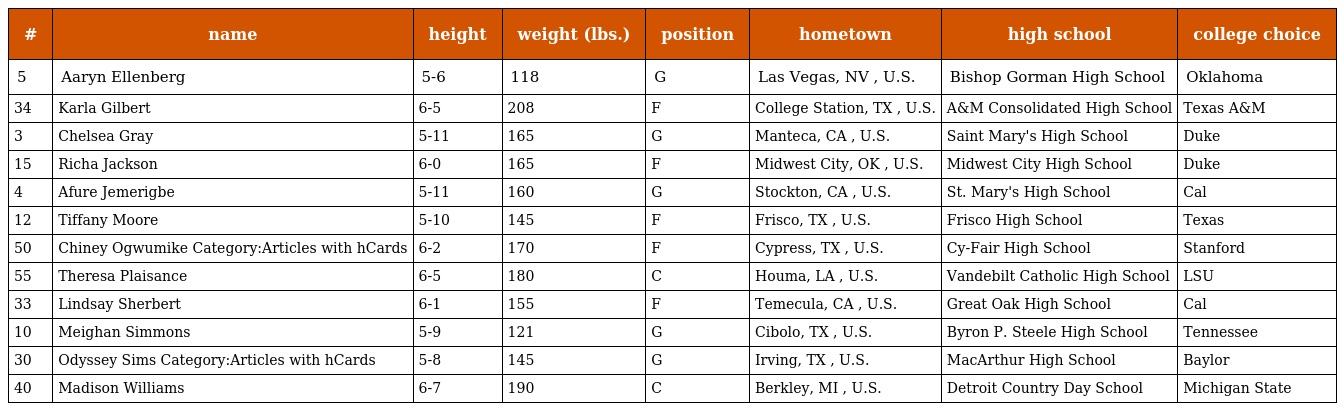
| # | name | height | weight (lbs.) | position | hometown | high school | college choice |
 | --- | --- | --- | --- | --- | --- | --- | --- |
 | 5 | Aaryn Ellenberg | 5-6 | 118 | G | Las Vegas, NV , U.S. | Bishop Gorman High School | Oklahoma |
 | 34 | Karla Gilbert | 6-5 | 208 | F | College Station, TX , U.S. | A&M Consolidated High School | Texas A&M |
 | 3 | Chelsea Gray | 5-11 | 165 | G | Manteca, CA , U.S. | Saint Mary's High School | Duke |
 | 15 | Richa Jackson | 6-0 | 165 | F | Midwest City, OK , U.S. | Midwest City High School | Duke |
 | 4 | Afure Jemerigbe | 5-11 | 160 | G | Stockton, CA , U.S. | St. Mary's High School | Cal |
 | 12 | Tiffany Moore | 5-10 | 145 | F | Frisco, TX , U.S. | Frisco High School | Texas |
 | 50 | Chiney Ogwumike Category:Articles with hCards | 6-2 | 170 | F | Cypress, TX , U.S. | Cy-Fair High School | Stanford |
 | 55 | Theresa Plaisance | 6-5 | 180 | C | Houma, LA , U.S. | Vandebilt Catholic High School | LSU |
 | 33 | Lindsay Sherbert | 6-1 | 155 | F | Temecula, CA , U.S. | Great Oak High School | Cal |
 | 10 | Meighan Simmons | 5-9 | 121 | G | Cibolo, TX , U.S. | Byron P. Steele High School | Tennessee |
 | 30 | Odyssey Sims Category:Articles with hCards | 5-8 | 145 | G | Irving, TX , U.S. | MacArthur High School | Baylor |
 | 40 | Madison Williams | 6-7 | 190 | C | Berkley, MI , U.S. | Detroit Country Day School | Michigan State |